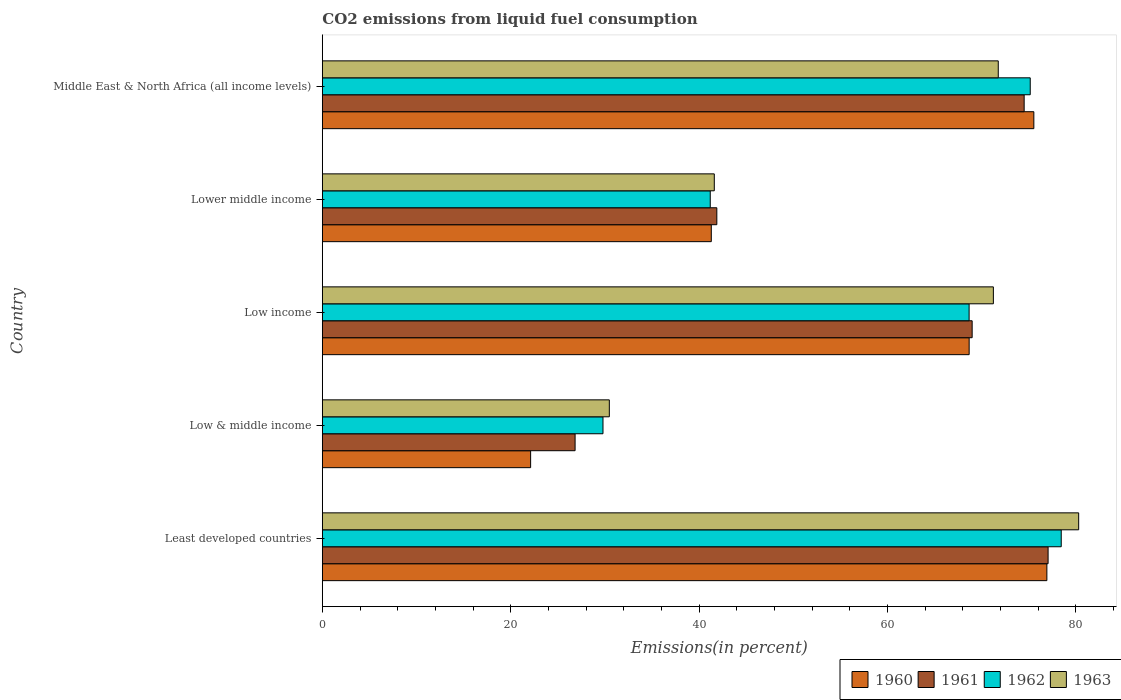
| Country | 1960 | 1961 | 1962 | 1963 |
 | --- | --- | --- | --- | --- |
 | Least developed countries | 76.9 | 77.1 | 78.5 | 80.3 |
 | Low & middle income | 22.1 | 26.8 | 29.8 | 30.5 |
 | Low income | 68.7 | 69 | 68.7 | 71.2 |
 | Lower middle income | 41.3 | 41.9 | 41.2 | 41.6 |
 | Middle East & North Africa (all income levels) | 75.5 | 74.5 | 75.2 | 71.8 |